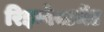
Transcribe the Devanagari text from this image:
रिइन्वेस्टमेंट